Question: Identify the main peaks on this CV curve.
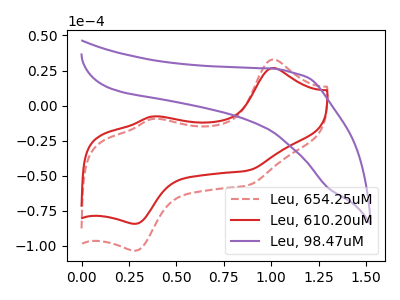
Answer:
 <answer>The red dashed curve "Leu, 654.25uM" has anodic peaks at (1.00V, 32.85uA) (0.35V, -9.50uA) and cathodic peaks at (0.90V, -56.75uA) (0.30V, -103.40uA). The red curve "Leu, 610.20uM" has anodic peaks at (1.00V, 26.80uA) (0.35V, -7.70uA) and cathodic peaks at (0.90V, -46.25uA) (0.30V, -84.25uA). The purple curve "Leu, 98.47uM" has no peaks.</answer>
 <eval></eval>